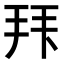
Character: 𭠠